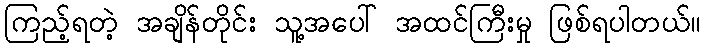
ကြည့်ရတဲ့ အချိန်တိုင်း သူ့အပေါ် အထင်ကြီးမှု ဖြစ်ရပါတယ်။